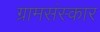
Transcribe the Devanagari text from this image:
ग्रामसंस्कार